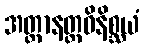
အတ္ထာနတ္ထဝိနိစ္ဆယံ